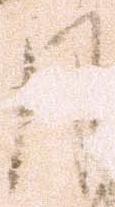
月